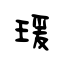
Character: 瑗